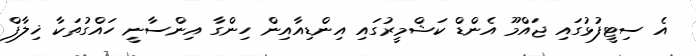
އެ ސިޓީފުޅުގައި ޖައްމޫ އެންޑް ކަޝްމީރުގައި އިންޑިއާއިން ހިންގާ އިންސާނީ ހައްގުތަކާ ޚިލާފް